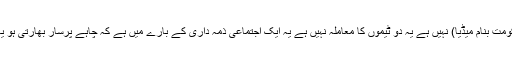
‘مرکزی وزیر نےمزید کہا، ‘ یہ ہم بنام وہ (حکومت بنام میڈیا) نہیں ہے یہ دو ٹیموں کا معاملہ نہیں ہے یہ ایک اجتماعی ذمہ داری کے بارے میں ہے کہ چاہے پرسار بھارتی ہو یا نجی نیٹ ورک یا چینل، وہ عوام کی آواز بنیں۔